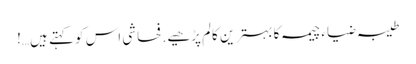
طیبہ ضیاء چیمہ کا بہترین کالم پڑھیے . فحاشی اس کو کہتے ہیں…!